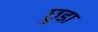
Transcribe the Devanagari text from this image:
छ़ुडा